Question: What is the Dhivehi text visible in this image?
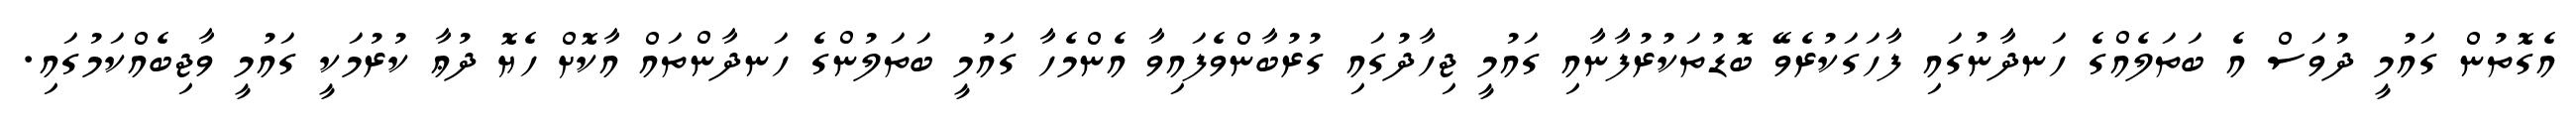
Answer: އެގޮތުން ގައުމީ ދުވަސް އެ ބަތަލެއްގެ ހަނދާނުގައި ފާހަގަކުރެވޭ ބޮޑުތަކުރުފާނާއި ގައުމީ ޖިހާދުގައި ގުރުބާންވެފައިވާ އެންމެހާ ގައުމީ ބަތަލުންގެ ހަނދާންތައް އާކޮށް ހެޔޮ ދުޢާ ކުރުމަކީ ގައުމީ ވާޖިބެއްކަމުގައި.